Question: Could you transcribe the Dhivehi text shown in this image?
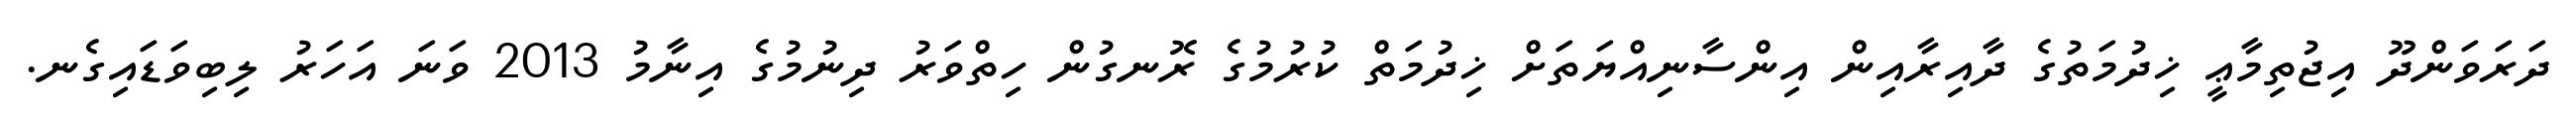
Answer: ދަރަވަންދޫ އިޖުތިމާޢީ ޚިދުމަތުގެ ދާއިރާއިން އިންސާނިއްޔަތަށް ޚިދުމަތް ކުރުމުގެ ރޮނގުން ހިތްވަރު ދިނުމުގެ އިނާމު 2013 ވަނަ އަހަރު ލިބިވަޑައިގެނ.